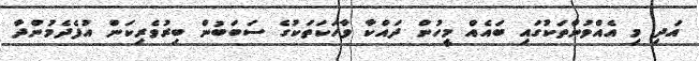
އަދި މި އެއްވުންތަކުގައި ބައެއް މީހުން ދައްކާ ވާހަކަތަކުގެ ސަބަބުން ބިރުވެރިކަން އުފެދެމުންދާ